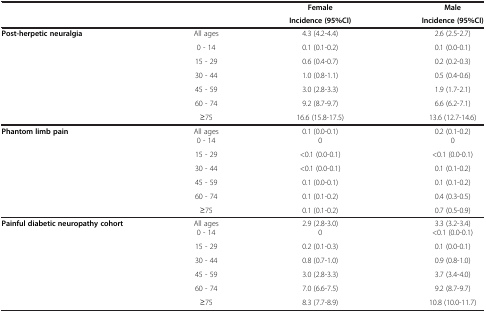
<table><thead><tr><td><b> </b></td><td><b> </b></td><td><b>Female</b></td><td><b>Male</b></td></tr><tr><td><b> </b></td><td><b> </b></td><td><b>Incidence (95%CI)</b></td><td><b>Incidence (95%CI)</b></td></tr></thead><tbody><tr><td><b>Post-herpetic neuralgia</b></td><td>All ages</td><td>4.3 (4.2-4.4)</td><td>2.6 (2.5-2.7)</td></tr><tr><td> </td><td>0 - 14</td><td>0.1 (0.1-0.2)</td><td>0.1 (0.0-0.1)</td></tr><tr><td> </td><td>15 - 29</td><td>0.6 (0.4-0.7)</td><td>0.2 (0.2-0.3)</td></tr><tr><td> </td><td>30 - 44</td><td>1.0 (0.8-1.1)</td><td>0.5 (0.4-0.6)</td></tr><tr><td> </td><td>45 - 59</td><td>3.0 (2.8-3.3)</td><td>1.9 (1.7-2.1)</td></tr><tr><td> </td><td>60 - 74</td><td>9.2 (8.7-9.7)</td><td>6.6 (6.2-7.1)</td></tr><tr><td> </td><td>≥75</td><td>16.6 (15.8-17.5)</td><td>13.6 (12.7-14.6)</td></tr><tr><td><b>Phantom limb pain</b></td><td>All ages</td><td>0.1 (0.0-0.1)</td><td>0.2 (0.1-0.2)</td></tr><tr><td> </td><td>0 - 14</td><td>0</td><td>0</td></tr><tr><td> </td><td>15 - 29</td><td>&lt;0.1 (0.0-0.1)</td><td>&lt;0.1 (0.0-0.1)</td></tr><tr><td> </td><td>30 - 44</td><td>&lt;0.1 (0.0-0.1)</td><td>0.1 (0.1-0.2)</td></tr><tr><td> </td><td>45 - 59</td><td>0.1 (0.0-0.1)</td><td>0.1 (0.1-0.2)</td></tr><tr><td> </td><td>60 - 74</td><td>0.1 (0.1-0.2)</td><td>0.4 (0.3-0.5)</td></tr><tr><td> </td><td>≥75</td><td>0.1 (0.1-0.2)</td><td>0.7 (0.5-0.9)</td></tr><tr><td><b>Painful diabetic neuropathy cohort</b></td><td>All ages</td><td>2.9 (2.8-3.0)</td><td>3.3 (3.2-3.4)</td></tr><tr><td> </td><td>0 - 14</td><td>0</td><td>&lt;0.1 (0.0-0.1)</td></tr><tr><td> </td><td>15 - 29</td><td>0.2 (0.1-0.3)</td><td>0.1 (0.0-0.1)</td></tr><tr><td> </td><td>30 - 44</td><td>0.8 (0.7-1.0)</td><td>0.9 (0.8-1.0)</td></tr><tr><td> </td><td>45 - 59</td><td>3.0 (2.8-3.3)</td><td>3.7 (3.4-4.0)</td></tr><tr><td> </td><td>60 - 74</td><td>7.0 (6.6-7.5)</td><td>9.2 (8.7-9.7)</td></tr><tr><td> </td><td>≥75</td><td>8.3 (7.7-8.9)</td><td>10.8 (10.0-11.7)</td></tr></tbody></table>